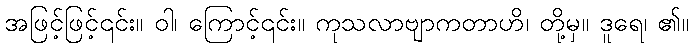
အဖြင့်ဖြင့်၎င်း။ ဝါ၊ ကြောင့်၎င်း။ ကုသလာဗျာကတာဟိ၊ တို့မှ။ ဒူရေ၊ ၏။